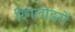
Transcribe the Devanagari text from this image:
रिंगलीडरों